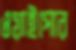
ওয়াইপোর